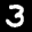
Label: 3